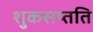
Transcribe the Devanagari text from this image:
शुकसप्तति